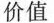
价值